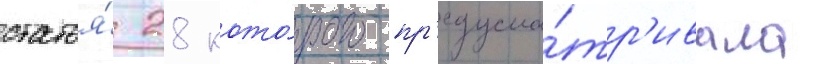
статья́ 28 кото́рого пр'едусма́тр'ивала